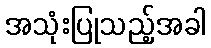
အသုံးပြုသည့်အခါ